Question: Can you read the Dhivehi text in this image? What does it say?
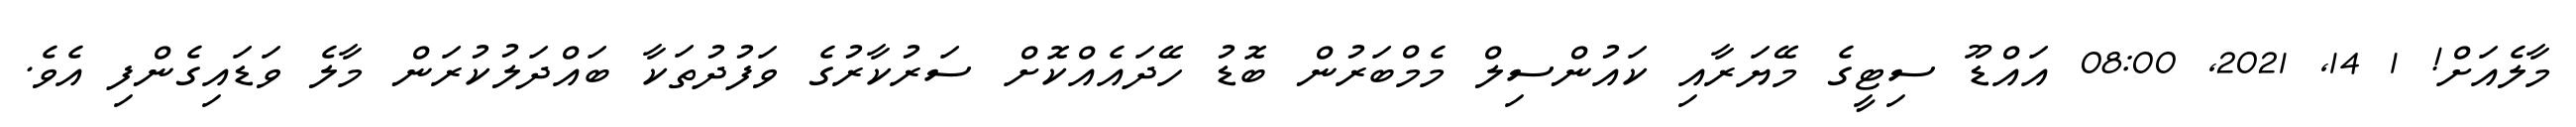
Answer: މާލެއަށް! 1 14, 2021, 08:00 އައްޑޫ ސިޓީގެ މޭޔަރާއި ކައުންސިލް މެމްބަރުން ބޮޑު ހޭދައެއްކޮށް ސަރުކާރުގެ ވަފުދުތަކާ ބައްދަލުކުރަން މާލެ ވަޑައިގެންފި އެވެ.